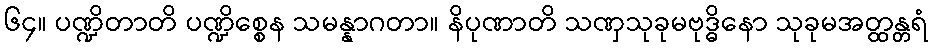
၆၄။ ပဏ္ဍိတာတိ ပဏ္ဍိစ္စေန သမန္နာဂတာ။ နိပုဏာတိ သဏှသုခုမဗုဒ္ဓိနော သုခုမအတ္ထန္တရံ